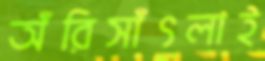
অঁরিসাঁৎলাই